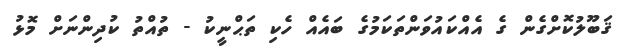
ޤަބޫލުކޮށްގެން ގެ އެއްކައުވަންތަކަމުގެ ބައެއް ހެކި ތަޙްނީކު - ތުއްތު ކުދިންނަށް މޮޅު